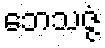
ဘေသဇ္ဇံ